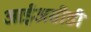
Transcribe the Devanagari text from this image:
आईअसीडी